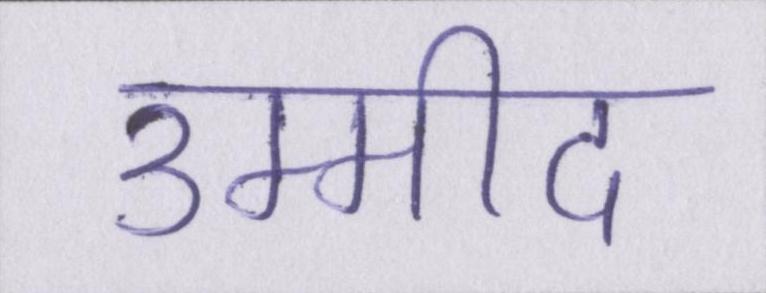
उम्मीद